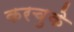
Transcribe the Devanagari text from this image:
करचुके